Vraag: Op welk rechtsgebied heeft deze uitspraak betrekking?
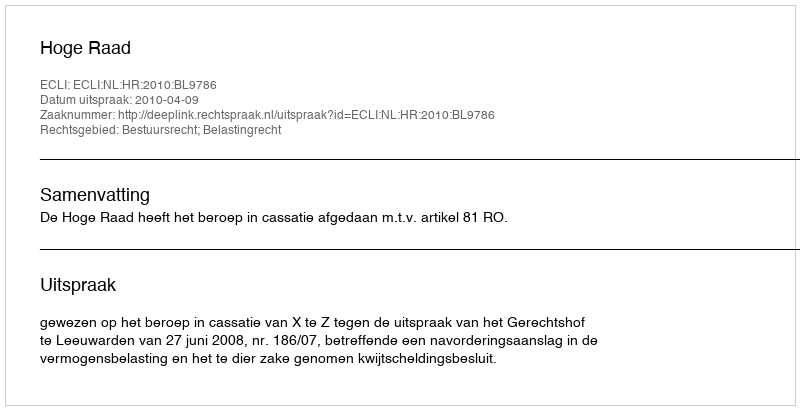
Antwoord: Bestuursrecht; Belastingrecht